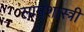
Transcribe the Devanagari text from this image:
सामशास्त्री